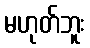
မဟုတ်ဘူး